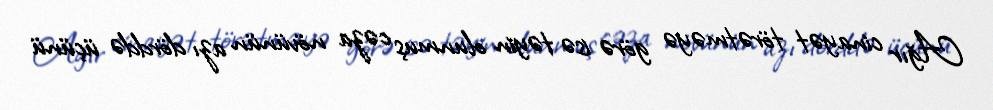
Ağır cinayət törətməyə görə isə təyin olunmuş cəza növünün azı dörddə üçünü